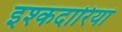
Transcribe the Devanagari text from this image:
इश्कदारियां